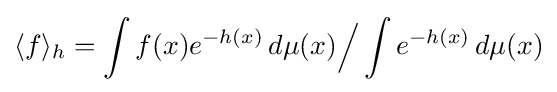
\langle f\rangle _{h}=\int f(x)e^{-h(x)}\,d\mu (x){\Big /}\int e^{-h(x)}\,d\mu (x)